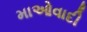
માઓવાદી